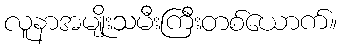
လူနာအမျိုးသမီးကြီးတစ်ယောက်။